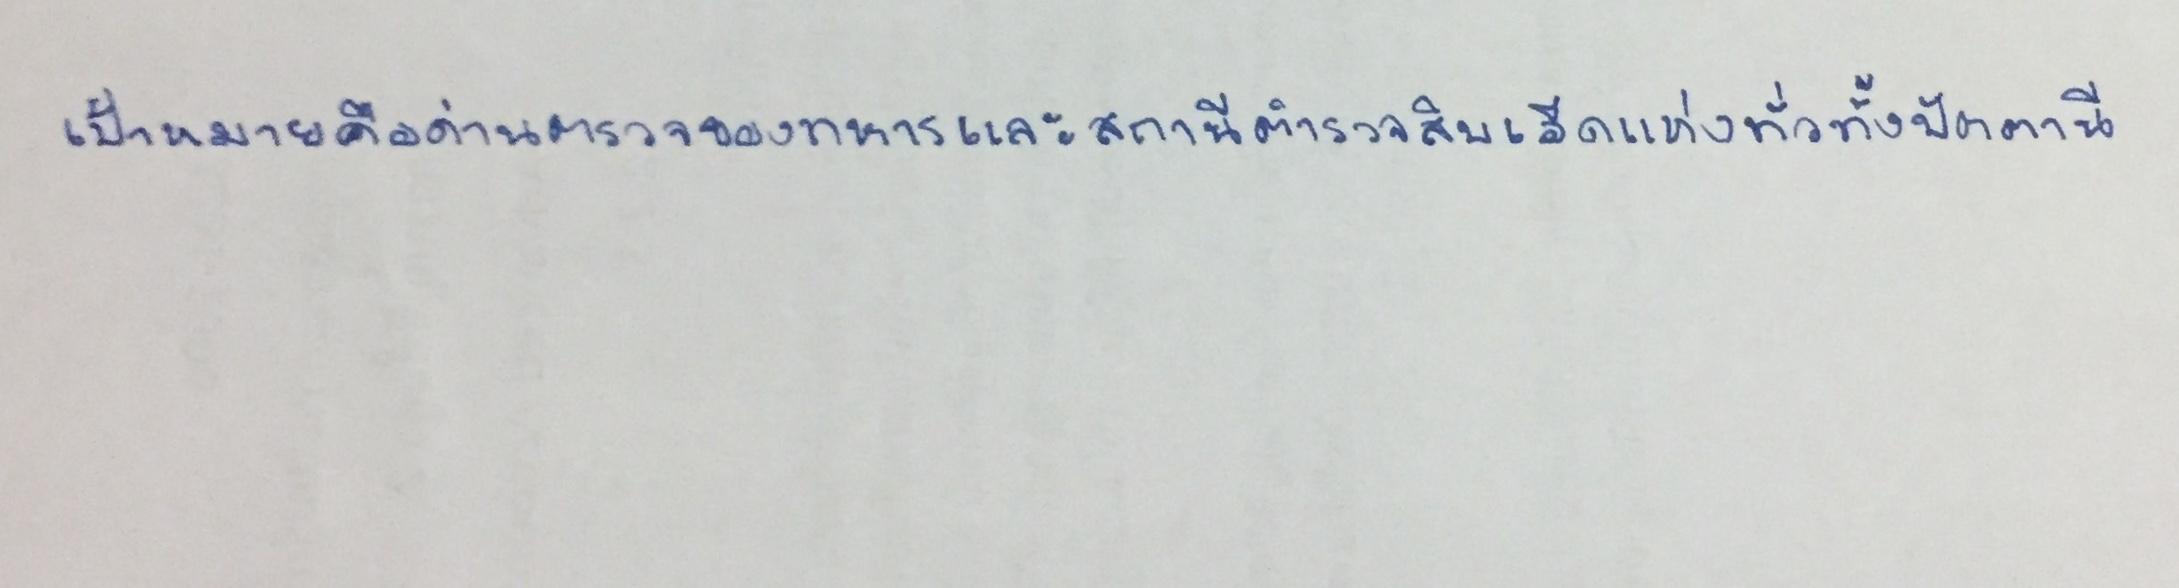
เป้าหมายคือด่านตรวจของทหารและสถานีตำรวจสิบเอ็ดแห่งทั่วทั้งปัตตานี